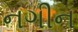
નગીન